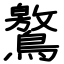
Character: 鸄